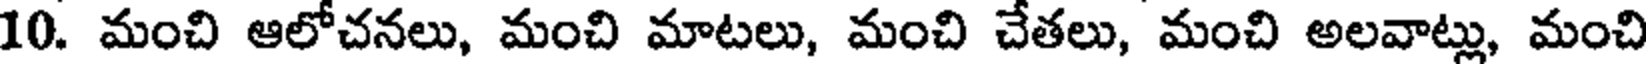
10. మంచి ఆలోచనలు, మంచి మాటలు, మంచి చేతలు, మంచి అలవాట్లు, మంచి